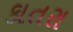
કાતરા